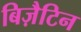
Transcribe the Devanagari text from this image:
बिज़ैटिन